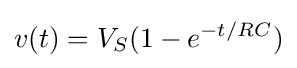
v(t)=V_{S}(1-e^{-t/RC})